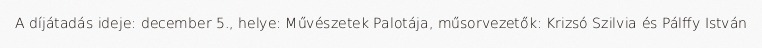
A díjátadás ideje: december 5., helye: Művészetek Palotája, műsorvezetők: Krizsó Szilvia és Pálffy István